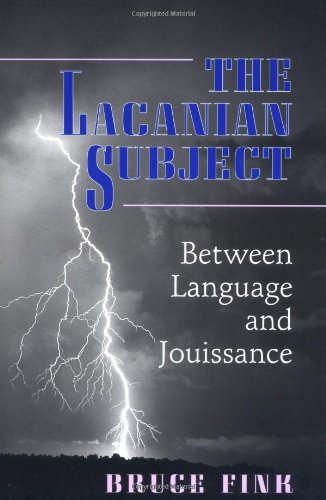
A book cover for The Lacanian Subject; Bruce Fink; Medical Books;